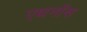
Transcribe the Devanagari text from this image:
एथनॉस